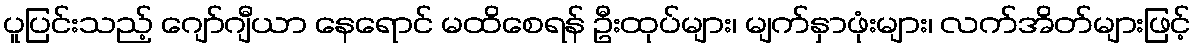
ပူပြင်းသည့် ဂျော်ဂျီယာ နေရောင် မထိစေရန် ဦးထုပ်များ၊ မျက်နှာဖုံးများ၊ လက်အိတ်များဖြင့်